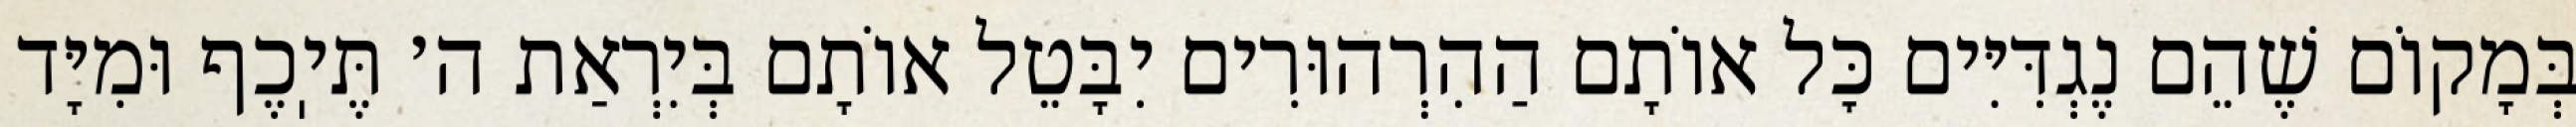
בְּמָקוֹם שֶׁהֵם נֶגְדִּיִּים כׇּל אוֹתָם הַהִרְהוּרִים יִבָּטֵל אוֹתָם בְּיִרְאַת ה׳ תֶּיֽכֶף וּמִיָּד